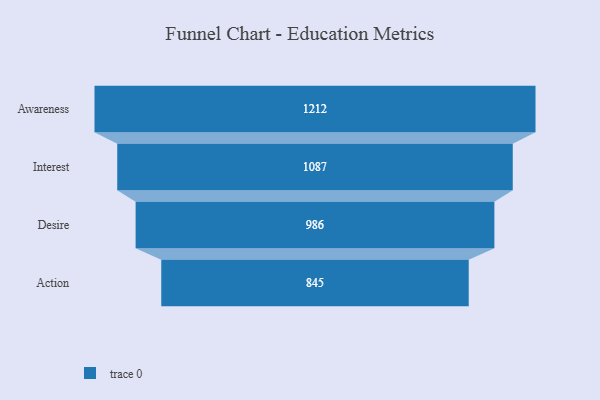
{"axis": {"x": "Stage", "y": "Value"}, "legend": [""], "data": [{"x": "Awareness", "y": 1212.0, "type": ""}, {"x": "Interest", "y": 1087.0, "type": ""}, {"x": "Desire", "y": 986.0, "type": ""}, {"x": "Action", "y": 845.0, "type": ""}]}